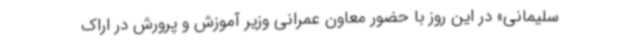
سلیمانی» در این روز با حضور معاون عمرانی وزیر آموزش و پرورش در اراک